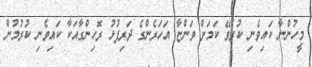
މީހުންނާ ކައިވެނި ކުރެވޭ ކަމަށް ވަންޏާ އަހަރެންގެ ދަރިފުޅު ރޮހިންގާއަކާ ކައިވެނި ކުރުމުން